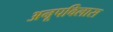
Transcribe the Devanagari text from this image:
अनूपविलास